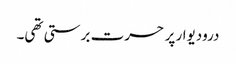
درودیوار پر حسرت برستی تھی۔